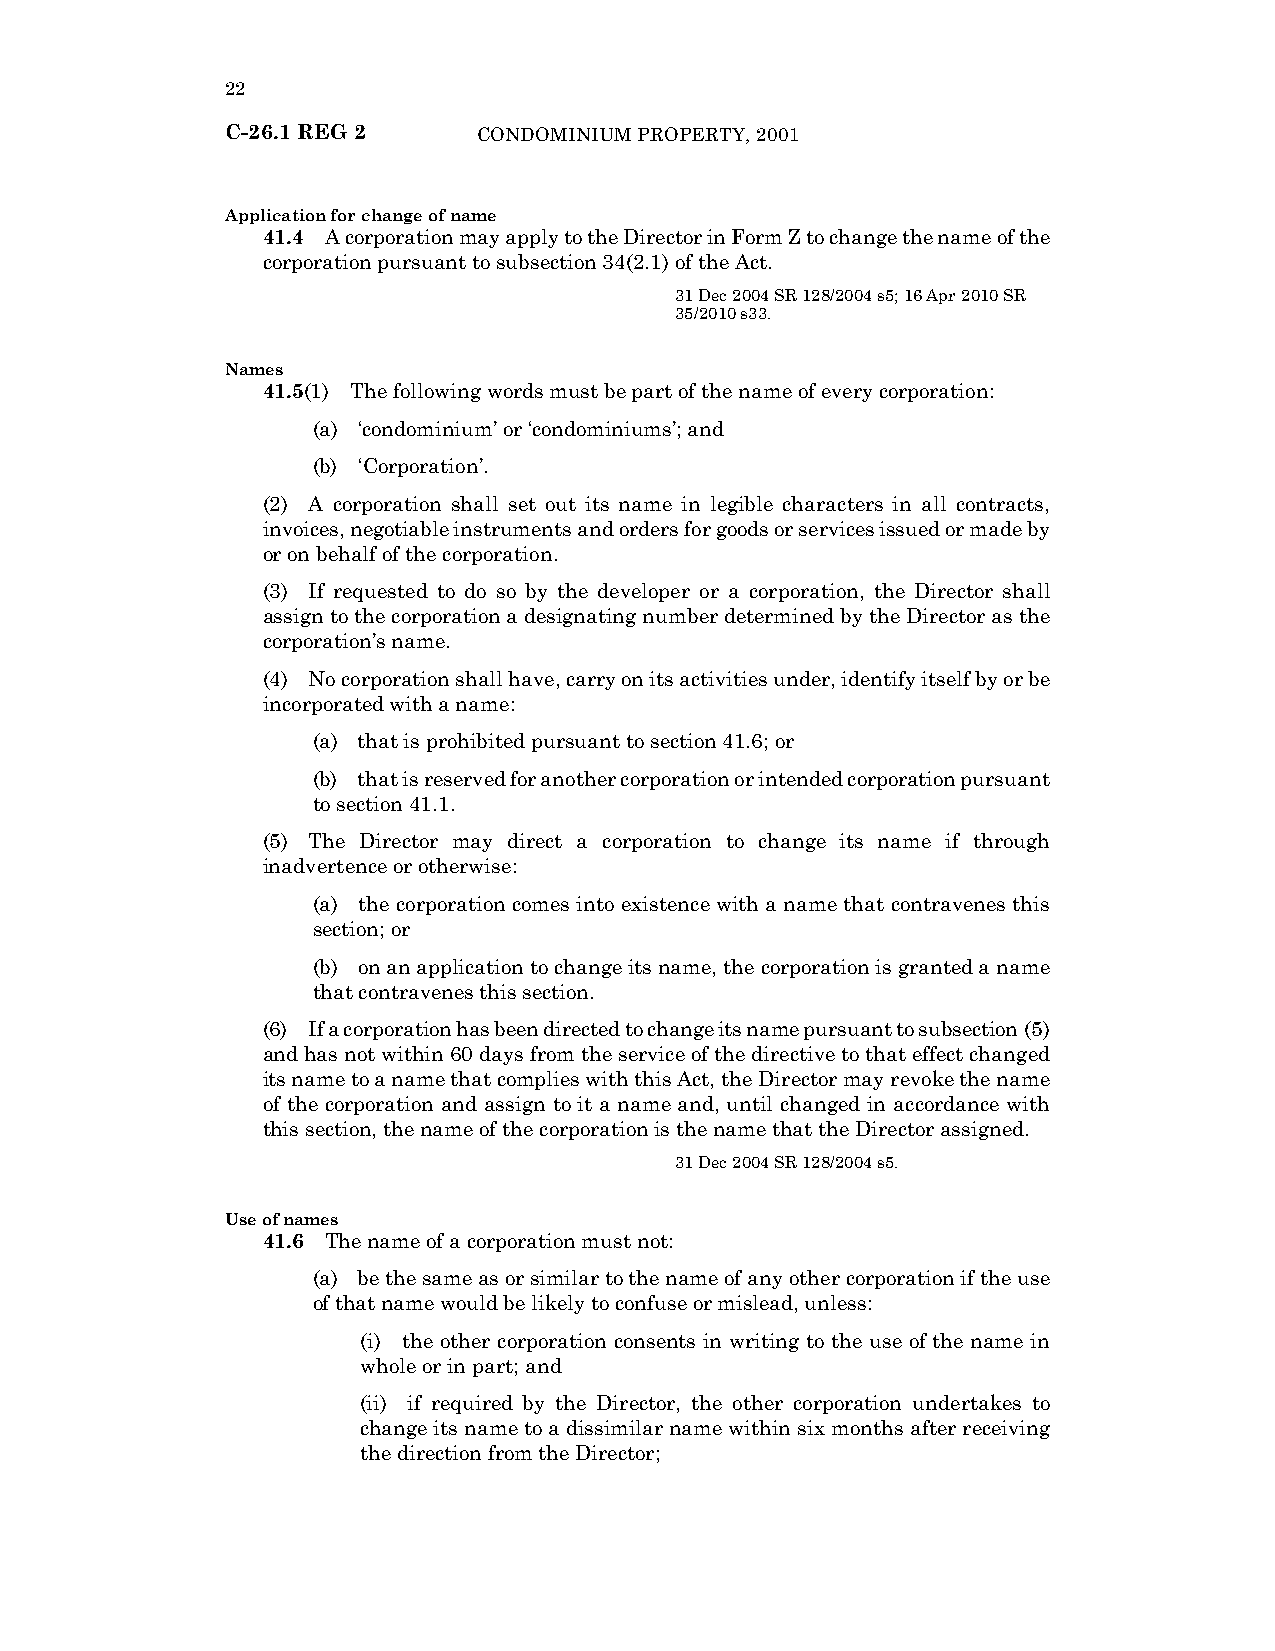
22
 C-26.1 REG 2     CONDOMINIUM PROPERTY, 2001
 Application for change of name
 41.4 A corporation may apply to the Director in Form Z to change the name of the
 corporation pursuant to subsection 34(2.1) of the Act.
 31 Dec 2004 SR 128/2004 s5; 16 Apr 2010 SR
 35/2010 s33.
 Names
 41.5(1) The following words must be part of the name of every corporation:
 (a) ‘condominium’ or ‘condominiums’; and
 (b) ‘Corporation’.
 (2) A corporation shall set out its name in legible characters in all contracts,
 invoices, negotiable instruments and orders for goods or services issued or made by
 or on behalf of the corporation.
 (3) If requested to do so by the developer or a corporation, the Director shall
 assign to the corporation a designating number determined by the Director as the
 corporation’s name.
 (4) No corporation shall have, carry on its activities under, identify itself by or be
 incorporated with a name:
 (a) that is prohibited pursuant to section 41.6; or
 (b) that is reserved for another corporation or intended corporation pursuant
 to section 41.1.
 (5) The Director may direct a corporation to change its name if through
 inadvertence or otherwise:
 (a) the corporation comes into existence with a name that contravenes this
 section; or
 (b) on an application to change its name, the corporation is granted a name
 that contravenes this section.
 (6) If a corporation has been directed to change its name pursuant to subsection (5)
 and has not within 60 days from the service of the directive to that effect changed
 its name to a name that complies with this Act, the Director may revoke the name
 of the corporation and assign to it a name and, until changed in accordance with
 this section, the name of the corporation is the name that the Director assigned.
 31 Dec 2004 SR 128/2004 s5.
 Use of names
 41.6 The name of a corporation must not:
 (a) be the same as or similar to the name of any other corporation if the use
 of that name would be likely to confuse or mislead, unless:
 (i) the other corporation consents in writing to the use of the name in
 whole or in part; and
 (ii) if required by the Director, the other corporation undertakes to
 change its name to a dissimilar name within six months after receiving
 the direction from the Director;